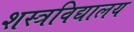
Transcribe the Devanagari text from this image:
शस्त्रविद्यालय